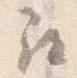
尋